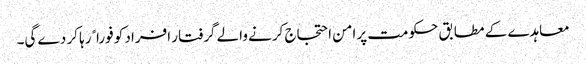
معاہدے کے مطابق حکومت پرامن احتجاج کرنے والے گرفتار افراد کو فوراﹰ رہا کر دے گی۔